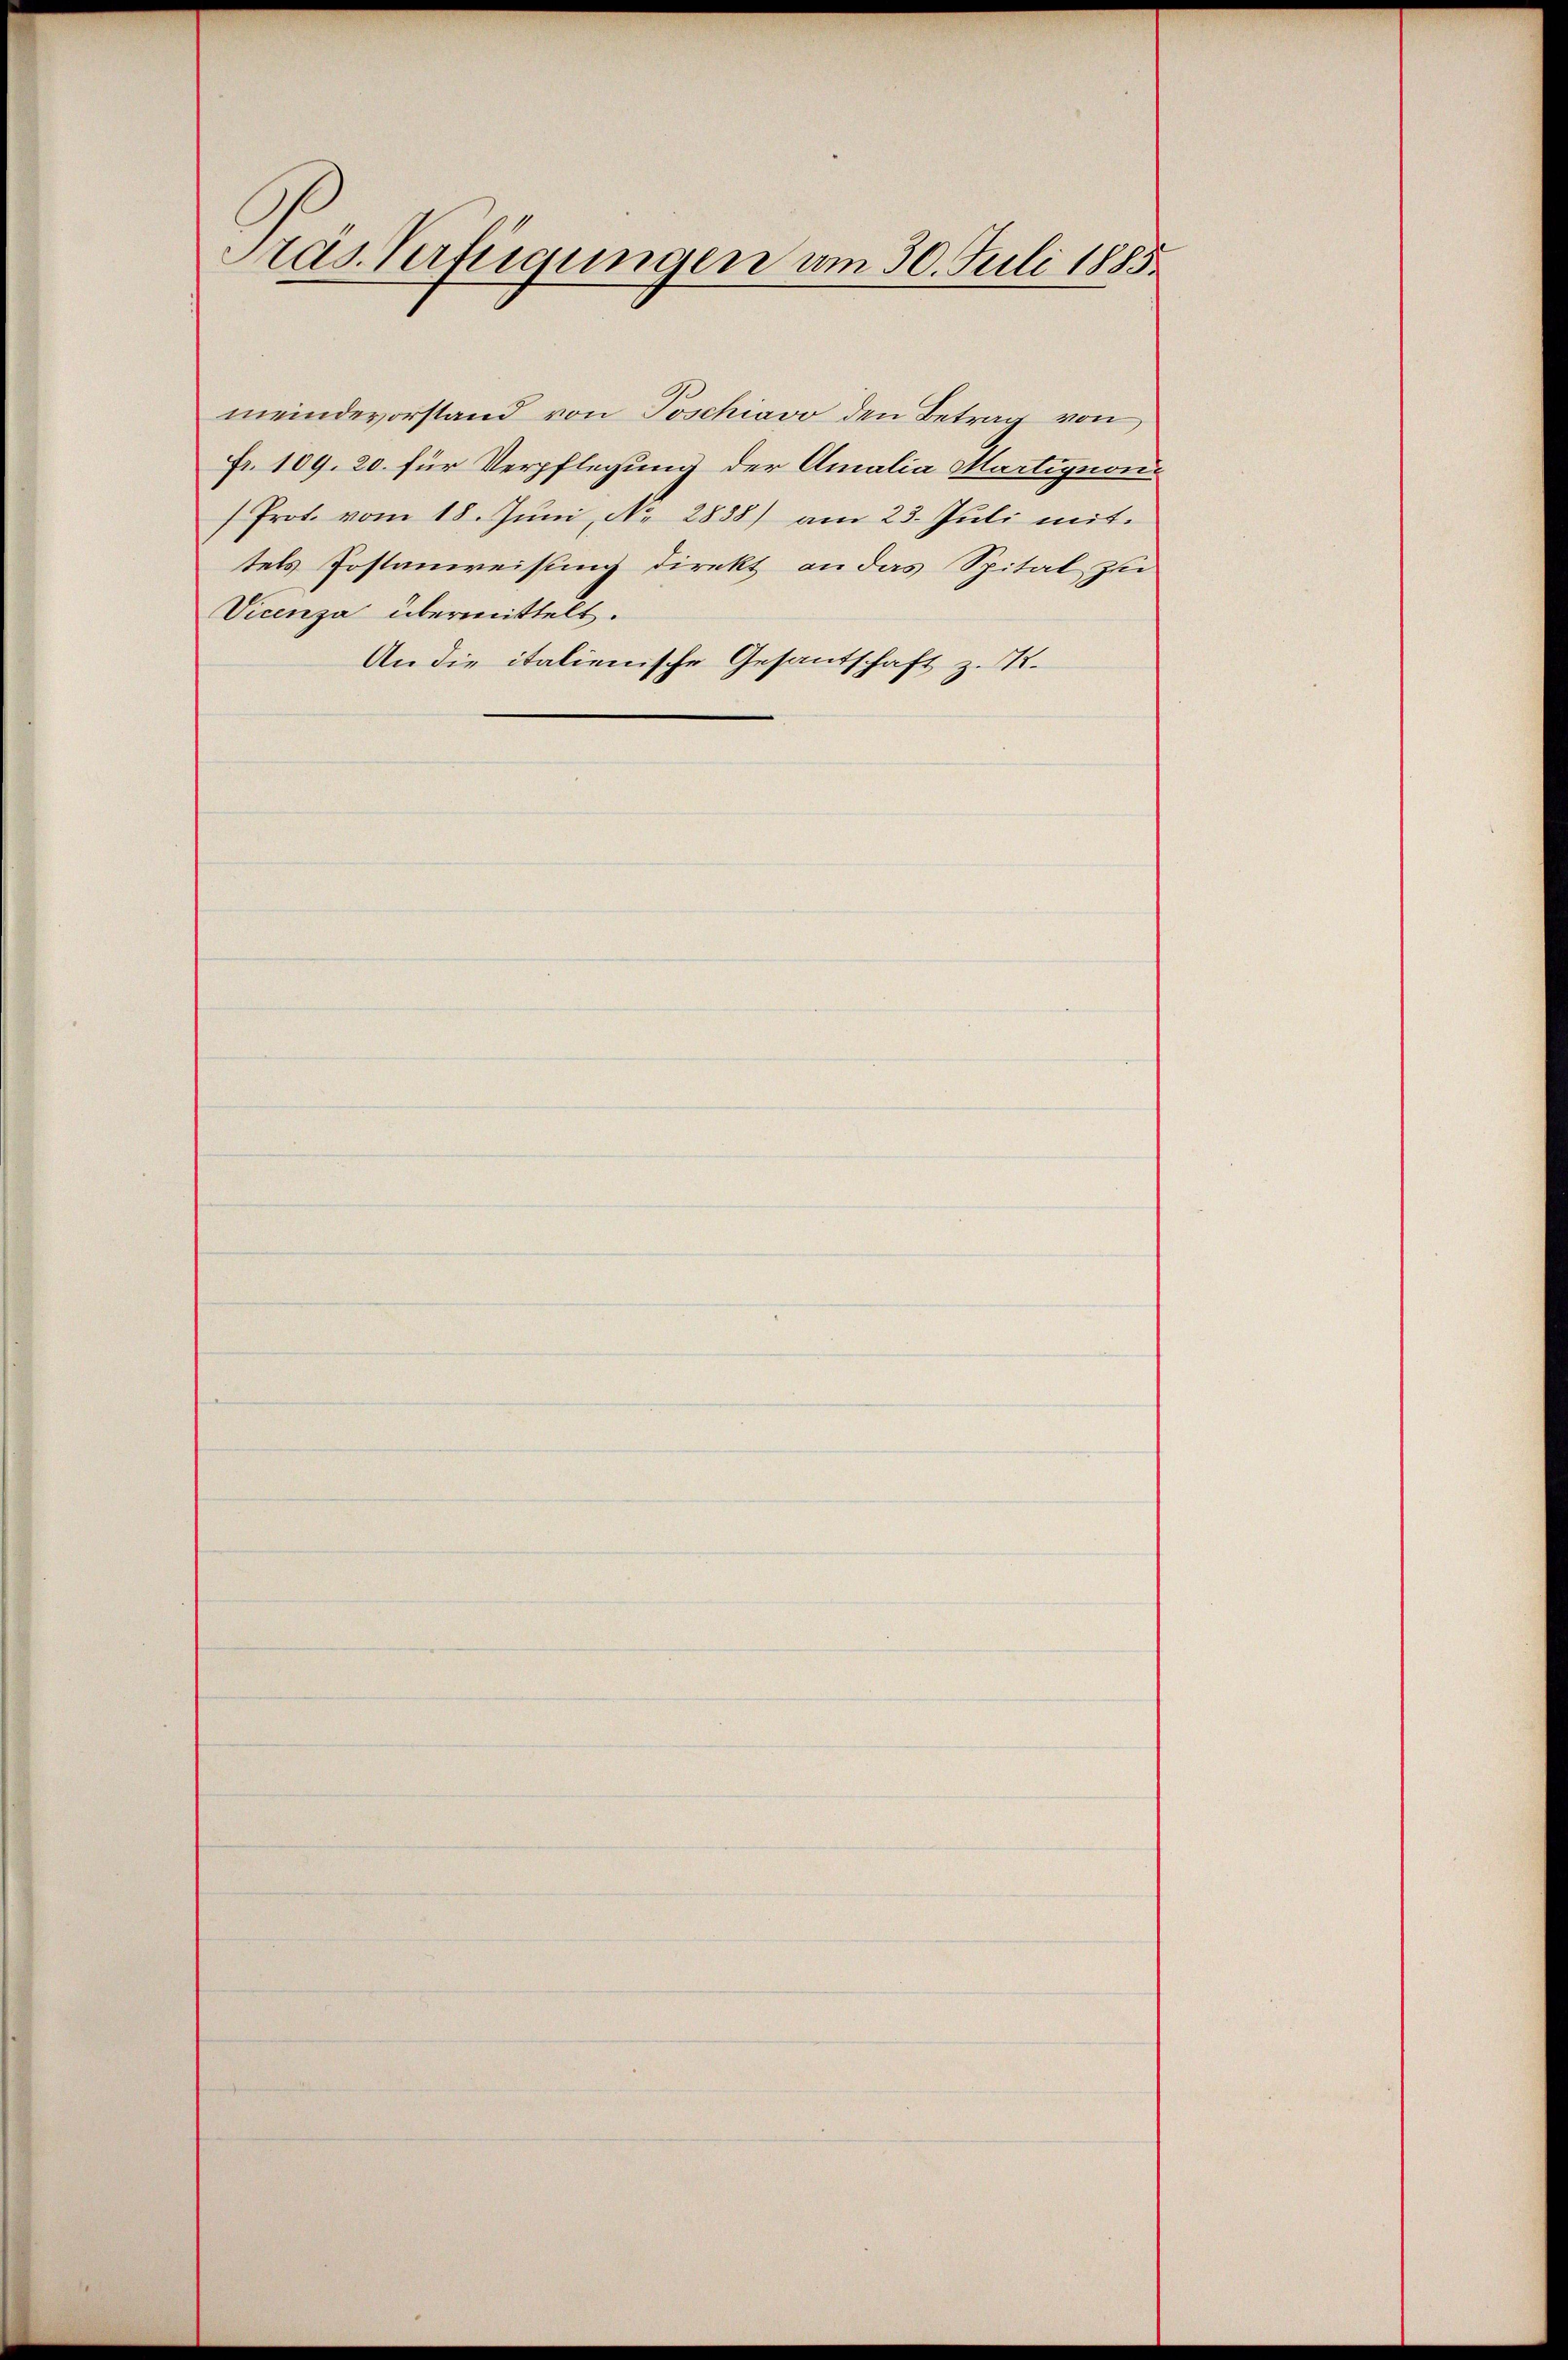
Präs. Verfügungen vom 30. Juli 1885.

meindevorstand von Poschiavo den Betrag von
Fr. 109. 20. für Verpflegung der Amalia Martignon¬
Prot. vom 18. Juni, No. 2838) am 23. Juli mit
tels Postanweisung direkt an das Spital zu
Vicenza übermittelt.
An die italienische Gesantschaft z. K.